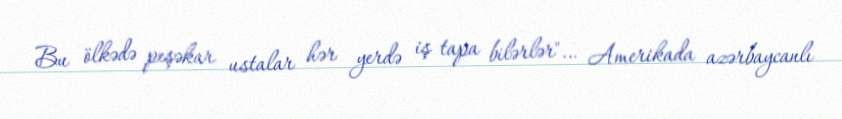
Bu ölkədə peşəkar ustalar hər yerdə iş tapa bilərlər"… Amerikada azərbaycanlı